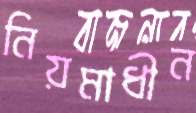
নিয়মাধীন